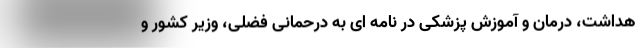
هداشت، درمان و آموزش پزشکی در نامه ای به درحمانی فضلی، وزیر کشور و